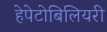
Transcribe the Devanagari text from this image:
हेपेटोबिलियरी